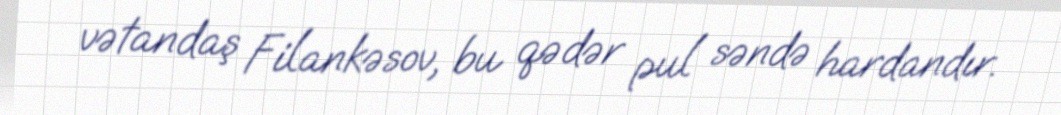
vətandaş Filankəsov, bu qədər pul səndə hardandır.